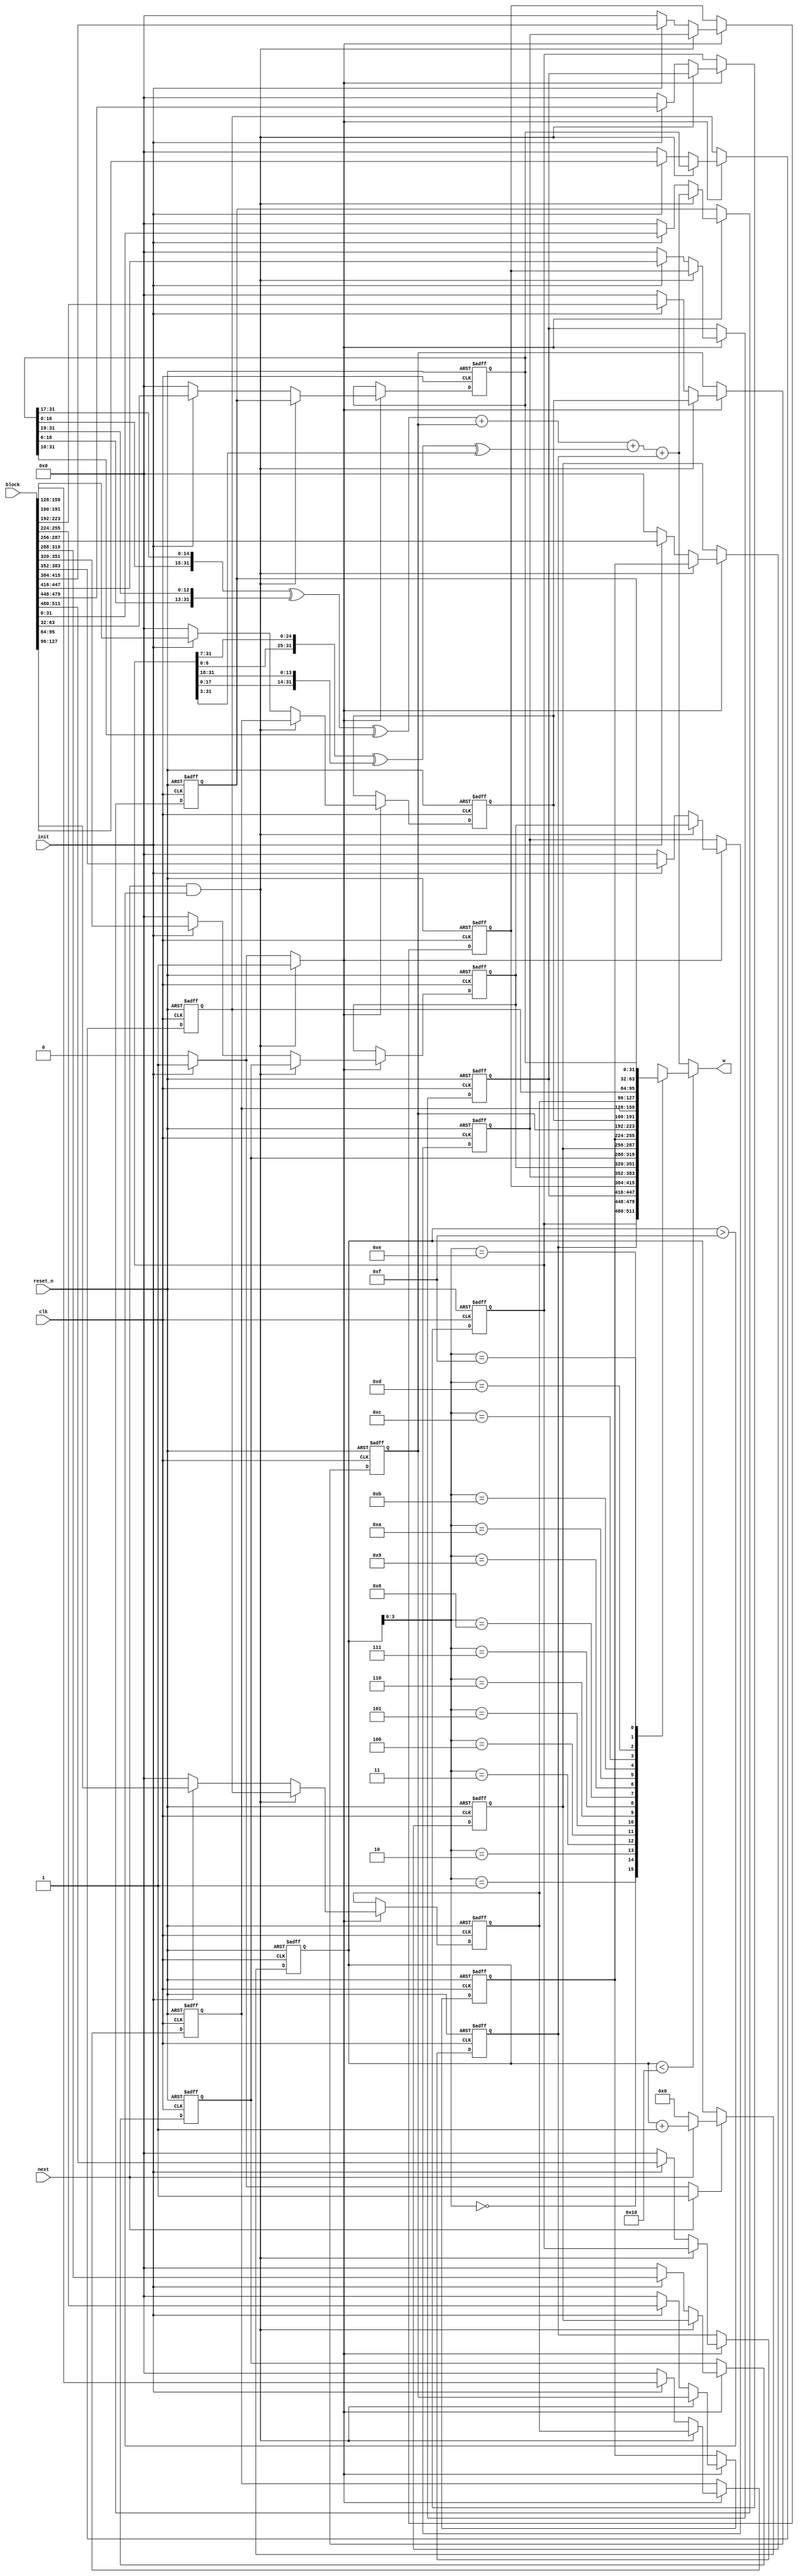
//======================================================================
//
// sha256_w_mem_regs.v
// -------------------
// The W memory. This version uses 16 32-bit registers as a sliding
// window to generate the 64 words.
//
//
// Copyright (c) 2013, Secworks Sweden AB
// All rights reserved.
//
// Redistribution and use in source and binary forms, with or
// without modification, are permitted provided that the following
// conditions are met:
//
// 1. Redistributions of source code must retain the above copyright
//    notice, this list of conditions and the following disclaimer.
//
// 2. Redistributions in binary form must reproduce the above copyright
//    notice, this list of conditions and the following disclaimer in
//    the documentation and/or other materials provided with the
//    distribution.
//
// THIS SOFTWARE IS PROVIDED BY THE COPYRIGHT HOLDERS AND CONTRIBUTORS
// "AS IS" AND ANY EXPRESS OR IMPLIED WARRANTIES, INCLUDING, BUT NOT
// LIMITED TO, THE IMPLIED WARRANTIES OF MERCHANTABILITY AND FITNESS
// FOR A PARTICULAR PURPOSE ARE DISCLAIMED. IN NO EVENT SHALL THE
// COPYRIGHT OWNER OR CONTRIBUTORS BE LIABLE FOR ANY DIRECT, INDIRECT,
// INCIDENTAL, SPECIAL, EXEMPLARY, OR CONSEQUENTIAL DAMAGES (INCLUDING,
// BUT NOT LIMITED TO, PROCUREMENT OF SUBSTITUTE GOODS OR SERVICES;
// LOSS OF USE, DATA, OR PROFITS; OR BUSINESS INTERRUPTION) HOWEVER
// CAUSED AND ON ANY THEORY OF LIABILITY, WHETHER IN CONTRACT,
// STRICT LIABILITY, OR TORT (INCLUDING NEGLIGENCE OR OTHERWISE)
// ARISING IN ANY WAY OUT OF THE USE OF THIS SOFTWARE, EVEN IF
// ADVISED OF THE POSSIBILITY OF SUCH DAMAGE.
//
//======================================================================

module sha256_w_mem(
                    input wire           clk,
                    input wire           reset_n,

                    input wire [511 : 0] block,

                    input wire           init,
                    input wire           next,
                    output wire [31 : 0] w
                   );


  //----------------------------------------------------------------
  // Internal constant and parameter definitions.
  //----------------------------------------------------------------
  parameter CTRL_IDLE   = 0;
  parameter CTRL_UPDATE = 1;


  //----------------------------------------------------------------
  // Registers including update variables and write enable.
  //----------------------------------------------------------------
  reg [31 : 0] w_mem [0 : 15];
  reg [31 : 0] w_mem00_new;
  reg [31 : 0] w_mem01_new;
  reg [31 : 0] w_mem02_new;
  reg [31 : 0] w_mem03_new;
  reg [31 : 0] w_mem04_new;
  reg [31 : 0] w_mem05_new;
  reg [31 : 0] w_mem06_new;
  reg [31 : 0] w_mem07_new;
  reg [31 : 0] w_mem08_new;
  reg [31 : 0] w_mem09_new;
  reg [31 : 0] w_mem10_new;
  reg [31 : 0] w_mem11_new;
  reg [31 : 0] w_mem12_new;
  reg [31 : 0] w_mem13_new;
  reg [31 : 0] w_mem14_new;
  reg [31 : 0] w_mem15_new;
  reg          w_mem_we;

  reg [5 : 0] w_ctr_reg;
  reg [5 : 0] w_ctr_new;
  reg         w_ctr_we;


  //----------------------------------------------------------------
  // Wires.
  //----------------------------------------------------------------
  reg [31 : 0] w_tmp;
  reg [31 : 0] w_new;


  //----------------------------------------------------------------
  // Concurrent connectivity for ports etc.
  //----------------------------------------------------------------
  assign w = w_tmp;


  //----------------------------------------------------------------
  // reg_update
  // Update functionality for all registers in the core.
  // All registers are positive edge triggered with synchronous
  // active low reset. All registers have write enable.
  //----------------------------------------------------------------
  always @ (posedge clk or negedge reset_n)
    begin : reg_update
      integer i;

      if (!reset_n)
        begin
          for (i = 0 ; i < 16 ; i = i + 1)
            w_mem[i] <= 32'h0;

          w_ctr_reg <= 6'h0;
        end
      else
        begin
          if (w_mem_we)
            begin
              w_mem[00] <= w_mem00_new;
              w_mem[01] <= w_mem01_new;
              w_mem[02] <= w_mem02_new;
              w_mem[03] <= w_mem03_new;
              w_mem[04] <= w_mem04_new;
              w_mem[05] <= w_mem05_new;
              w_mem[06] <= w_mem06_new;
              w_mem[07] <= w_mem07_new;
              w_mem[08] <= w_mem08_new;
              w_mem[09] <= w_mem09_new;
              w_mem[10] <= w_mem10_new;
              w_mem[11] <= w_mem11_new;
              w_mem[12] <= w_mem12_new;
              w_mem[13] <= w_mem13_new;
              w_mem[14] <= w_mem14_new;
              w_mem[15] <= w_mem15_new;
            end

          if (w_ctr_we)
            w_ctr_reg <= w_ctr_new;
        end
    end // reg_update


  //----------------------------------------------------------------
  // select_w
  //
  // Mux for the external read operation. This is where we exract
  // the W variable.
  //----------------------------------------------------------------
  always @*
    begin : select_w
      if (w_ctr_reg < 16)
        w_tmp = w_mem[w_ctr_reg[3 : 0]];
      else
        w_tmp = w_new;
    end // select_w


  //----------------------------------------------------------------
  // w_new_logic
  //
  // Logic that calculates the next value to be inserted into
  // the sliding window of the memory.
  //----------------------------------------------------------------
  always @*
    begin : w_mem_update_logic
      reg [31 : 0] w_0;
      reg [31 : 0] w_1;
      reg [31 : 0] w_9;
      reg [31 : 0] w_14;
      reg [31 : 0] d0;
      reg [31 : 0] d1;

      w_mem00_new = 32'h0;
      w_mem01_new = 32'h0;
      w_mem02_new = 32'h0;
      w_mem03_new = 32'h0;
      w_mem04_new = 32'h0;
      w_mem05_new = 32'h0;
      w_mem06_new = 32'h0;
      w_mem07_new = 32'h0;
      w_mem08_new = 32'h0;
      w_mem09_new = 32'h0;
      w_mem10_new = 32'h0;
      w_mem11_new = 32'h0;
      w_mem12_new = 32'h0;
      w_mem13_new = 32'h0;
      w_mem14_new = 32'h0;
      w_mem15_new = 32'h0;
      w_mem_we    = 0;

      w_0  = w_mem[0];
      w_1  = w_mem[1];
      w_9  = w_mem[9];
      w_14 = w_mem[14];

      d0 = {w_1[6  : 0], w_1[31 :  7]} ^
           {w_1[17 : 0], w_1[31 : 18]} ^
           {3'b000, w_1[31 : 3]};

      d1 = {w_14[16 : 0], w_14[31 : 17]} ^
           {w_14[18 : 0], w_14[31 : 19]} ^
           {10'b0000000000, w_14[31 : 10]};

      w_new = d1 + w_9 + d0 + w_0;

      if (init)
        begin
          w_mem00_new = block[511 : 480];
          w_mem01_new = block[479 : 448];
          w_mem02_new = block[447 : 416];
          w_mem03_new = block[415 : 384];
          w_mem04_new = block[383 : 352];
          w_mem05_new = block[351 : 320];
          w_mem06_new = block[319 : 288];
          w_mem07_new = block[287 : 256];
          w_mem08_new = block[255 : 224];
          w_mem09_new = block[223 : 192];
          w_mem10_new = block[191 : 160];
          w_mem11_new = block[159 : 128];
          w_mem12_new = block[127 :  96];
          w_mem13_new = block[95  :  64];
          w_mem14_new = block[63  :  32];
          w_mem15_new = block[31  :   0];
          w_mem_we    = 1;
        end

      if (next && (w_ctr_reg > 15))
        begin
          w_mem00_new = w_mem[01];
          w_mem01_new = w_mem[02];
          w_mem02_new = w_mem[03];
          w_mem03_new = w_mem[04];
          w_mem04_new = w_mem[05];
          w_mem05_new = w_mem[06];
          w_mem06_new = w_mem[07];
          w_mem07_new = w_mem[08];
          w_mem08_new = w_mem[09];
          w_mem09_new = w_mem[10];
          w_mem10_new = w_mem[11];
          w_mem11_new = w_mem[12];
          w_mem12_new = w_mem[13];
          w_mem13_new = w_mem[14];
          w_mem14_new = w_mem[15];
          w_mem15_new = w_new;
          w_mem_we    = 1;
        end
    end // w_mem_update_logic


  //----------------------------------------------------------------
  // w_ctr
  // W schedule adress counter. Counts from 0x10 to 0x3f and
  // is used to expand the block into words.
  //----------------------------------------------------------------
  always @*
    begin : w_ctr
      w_ctr_new = 6'h0;
      w_ctr_we  = 1'h0;

      if (init)
        begin
          w_ctr_new = 6'h0;
          w_ctr_we  = 1'h1;
        end

      if (next)
        begin
          w_ctr_new = w_ctr_reg + 6'h01;
          w_ctr_we  = 1'h1;
        end
    end // w_ctr
endmodule // sha256_w_mem

//======================================================================
// sha256_w_mem.v
//======================================================================